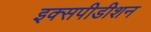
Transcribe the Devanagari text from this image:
इक्सपीडीशन